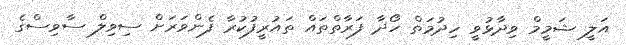
އަލީ ޝަމީމް ވިދާޅުވީ ހިދުމަތް ހޯދާ ފަރާތްތައް ތައުރީފުކުރާ ފެންވަރަށް ސިވިލް ސާވިސްގެ